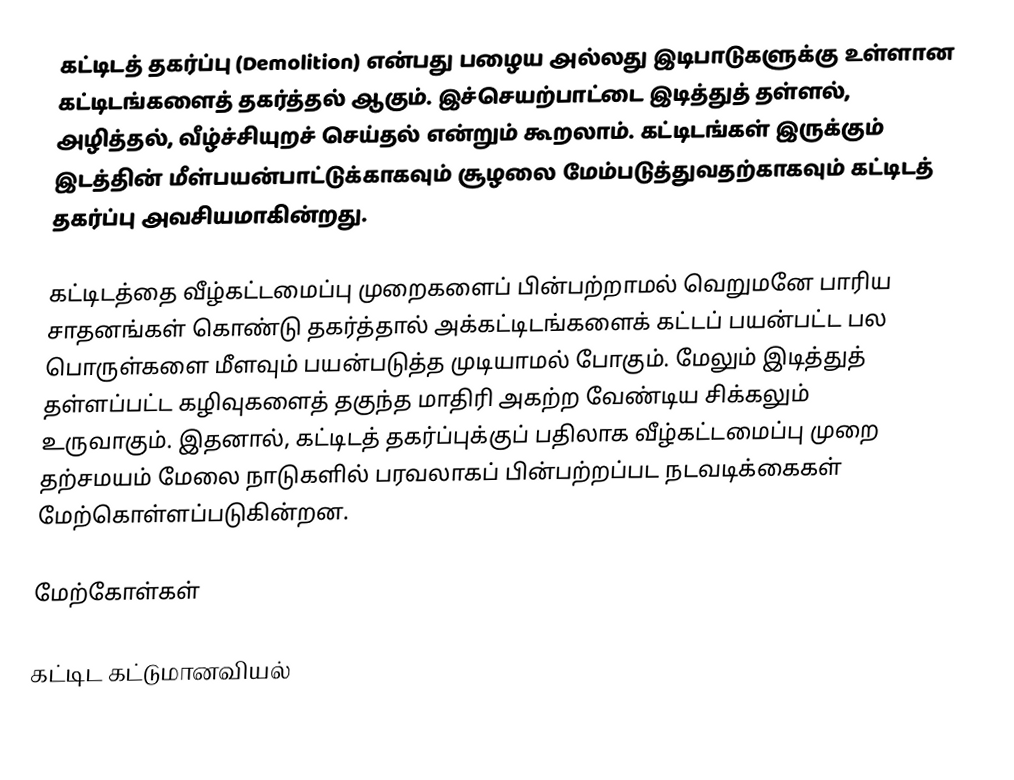
கட்டிடத் தகர்ப்பு (Demolition) என்பது பழைய அல்லது இடிபாடுகளுக்கு உள்ளான கட்டிடங்களைத் தகர்த்தல் ஆகும். இச்செயற்பாட்டை இடித்துத் தள்ளல், அழித்தல், வீழ்ச்சியுறச் செய்தல் என்றும் கூறலாம். கட்டிடங்கள் இருக்கும் இடத்தின் மீள்பயன்பாட்டுக்காகவும் சூழலை மேம்படுத்துவதற்காகவும் கட்டிடத் தகர்ப்பு அவசியமாகின்றது.

கட்டிடத்தை வீழ்கட்டமைப்பு முறைகளைப் பின்பற்றாமல் வெறுமனே பாரிய சாதனங்கள் கொண்டு தகர்த்தால் அக்கட்டிடங்களைக் கட்டப் பயன்பட்ட பல பொருள்களை மீளவும் பயன்படுத்த முடியாமல் போகும்.  மேலும் இடித்துத் தள்ளப்பட்ட கழிவுகளைத் தகுந்த மாதிரி அகற்ற வேண்டிய சிக்கலும் உருவாகும்.  இதனால், கட்டிடத் தகர்ப்புக்குப் பதிலாக வீழ்கட்டமைப்பு முறை தற்சமயம் மேலை நாடுகளில் பரவலாகப் பின்பற்றப்பட நடவடிக்கைகள் மேற்கொள்ளப்படுகின்றன.

மேற்கோள்கள்

கட்டிட கட்டுமானவியல்